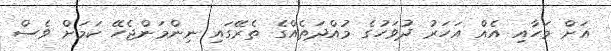
އަށް މަހާއި އެއް އަހަރު ދުވަހުގެ މުއްދަތެއްގެ ތެރޭގައި ނިންމަންޖެހޭ ކަމަށް ވެސް